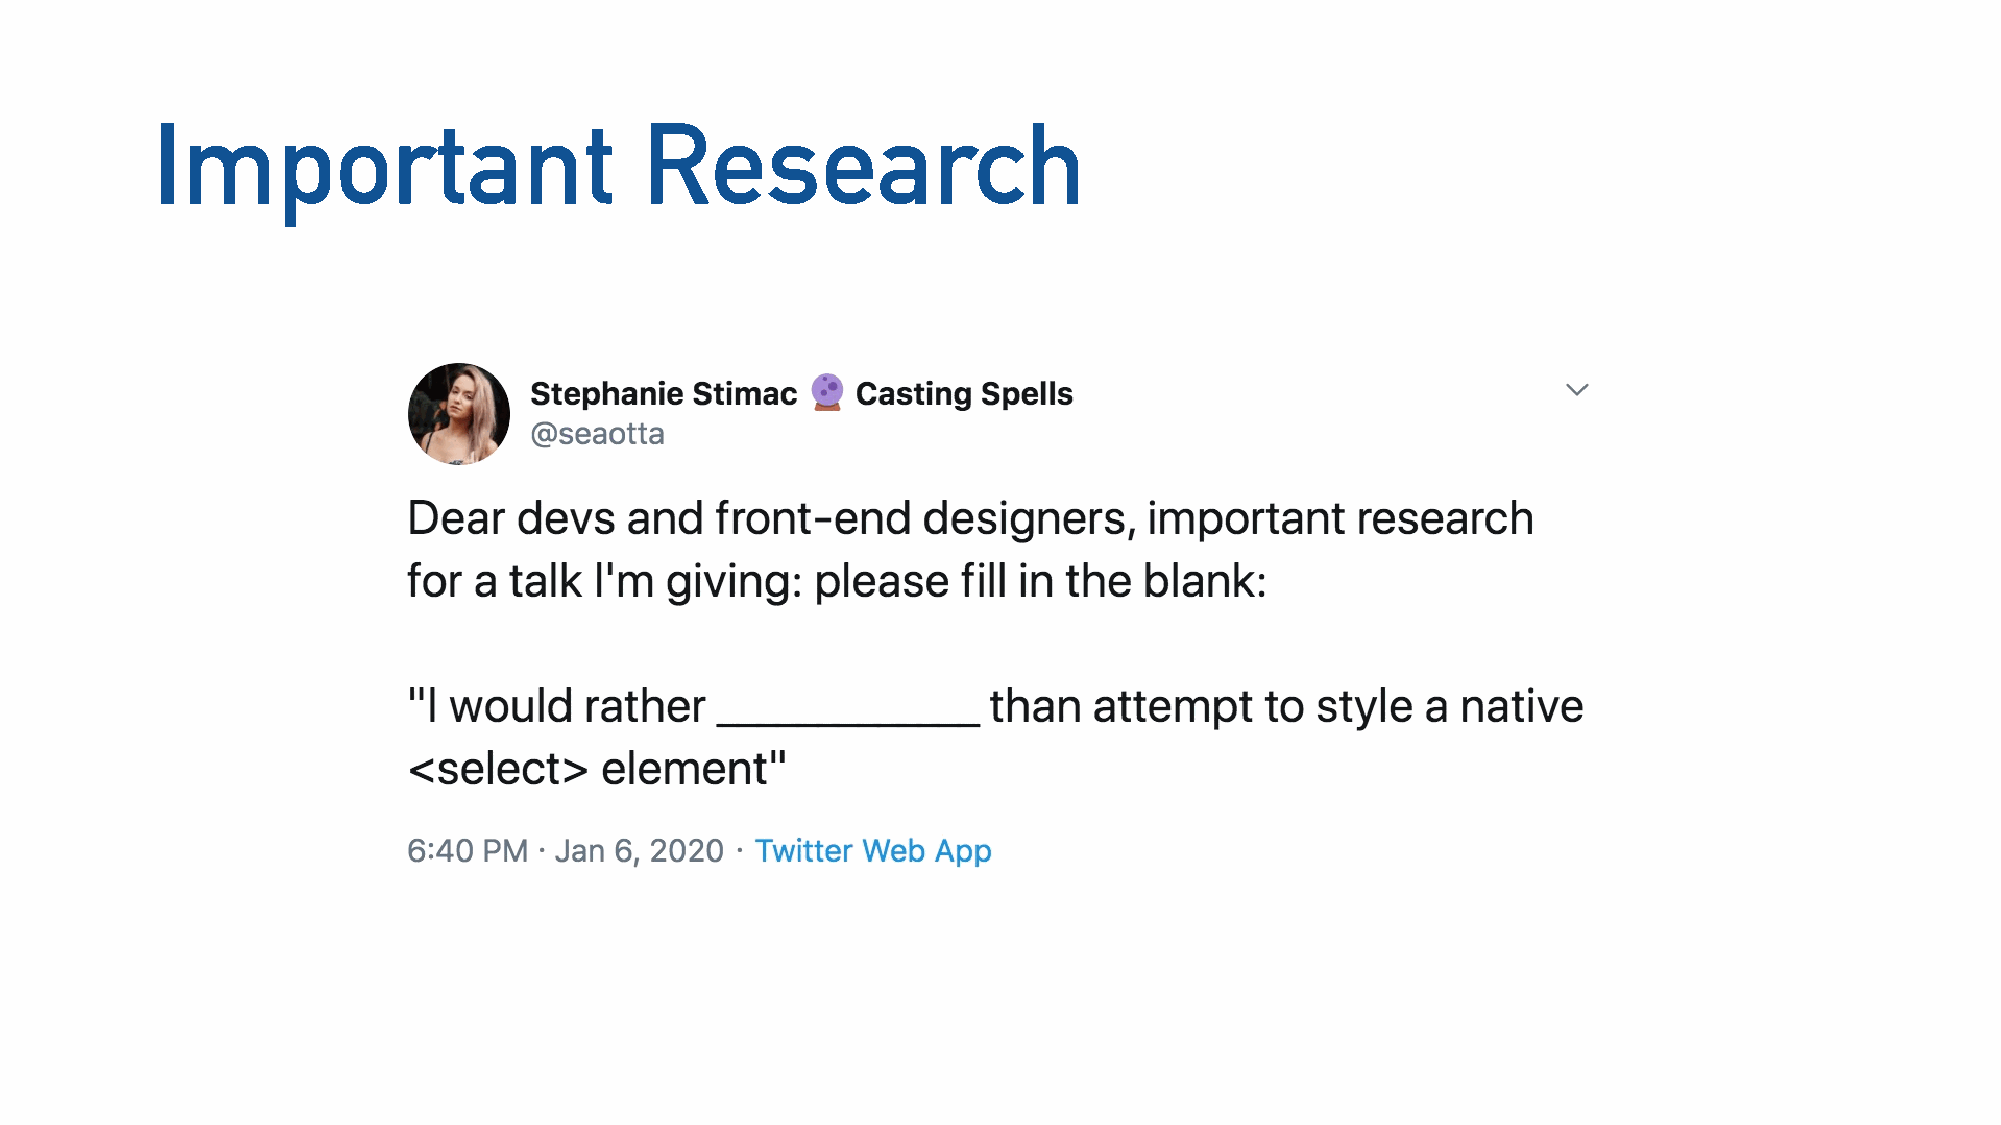
Important                       Research